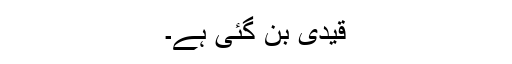
قیدی بن گئی ہے۔